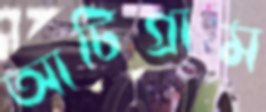
আটিগ্রাম